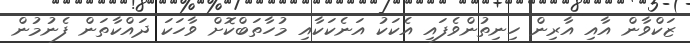
ޒަކްވާން އާއި އާރިން ހިނިތުންވެފައި އެކަކު އަނެކަކާއި މުހާތަބްކޮށް ވާހަކަ ދައްކާތަން ފެނުމުން